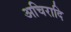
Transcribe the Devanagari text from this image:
अचिरादि